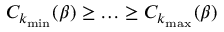
C _ { k _ { \operatorname* { m i n } } } ( \beta ) \geq \ldots \geq C _ { k _ { \operatorname* { m a x } } } ( \beta )